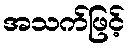
အသက်ဖြင့်